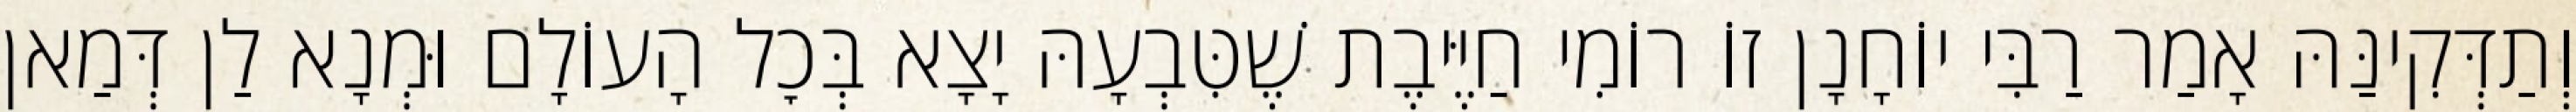
וְתַדְּקִינַּהּ אָמַר רַבִּי יוֹחָנָן זוֹ רוֹמִי חַיֶּיבֶת שֶׁטִּבְעָהּ יָצָא בְּכׇל הָעוֹלָם וּמְנָא לַן דְּמַאן